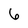
Character: 6